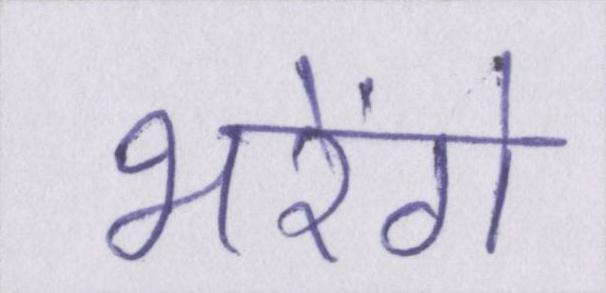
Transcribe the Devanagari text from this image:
भरेंगे